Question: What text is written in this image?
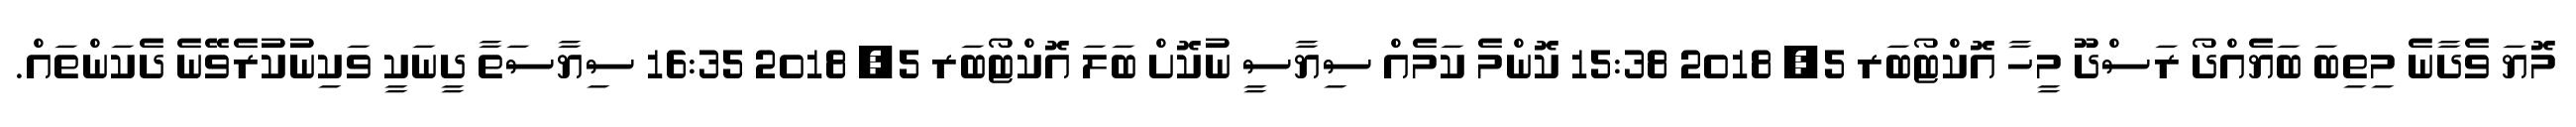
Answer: މޮޔަ ވެދާނެ މިތިބަ ބަޔެއްދޯ ރަސްދޫ މީހާ އޮކްޓޯބަރ 5, 2018 15:38 ކޮންމެ ކަމެއް ސިޔާސީ ނުކޮށް ބަލަ އޮކްޓޯބަރ 5, 2018 16:35 ސިޔާސަތާ ދީނަކީ ވަކިނުކުރެވޭނެ ދެކަންތައް.